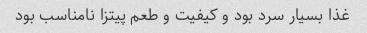
غذا بسیار سرد بود و کیفیت و طعم پیتزا نامناسب بود